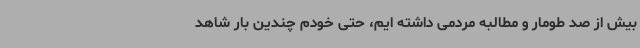
بیش از صد طومار و مطالبه مردمی داشته ایم، حتی خودم چندین بار شاهد